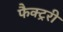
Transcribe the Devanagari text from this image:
फैक्ट्ररी